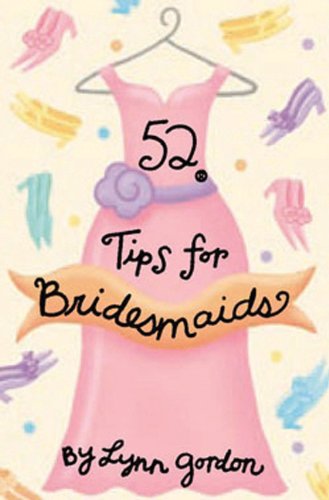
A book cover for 52 Tips for Bridesmaids (52 Series); Lynn Gordon; Crafts, Hobbies & Home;